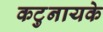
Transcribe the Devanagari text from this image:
कटुनायके